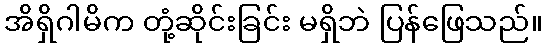
အိရှိဂါမိက တုံ့ဆိုင်းခြင်း မရှိဘဲ ပြန်ဖြေသည်။